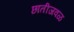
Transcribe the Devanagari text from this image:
छातीजवळ